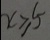
x \geqslant 5